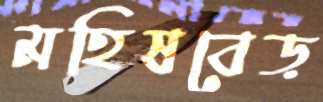
মহিষবেড়